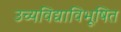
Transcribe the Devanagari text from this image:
उच्यविद्याविभूषित